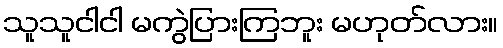
သူသူငါငါ မကွဲပြားကြဘူး မဟုတ်လား။